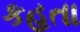
કહતા